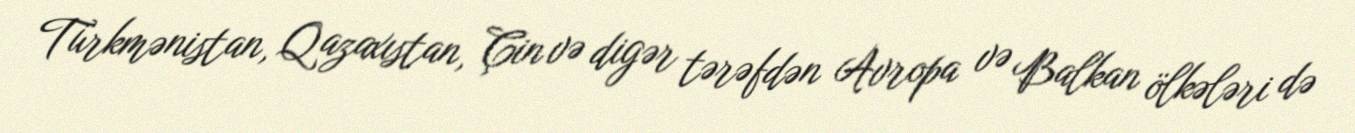
Türkmənistan, Qazaxıstan, Çin və digər tərəfdən Avropa və Balkan ölkələri də